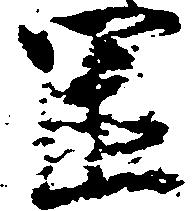
置